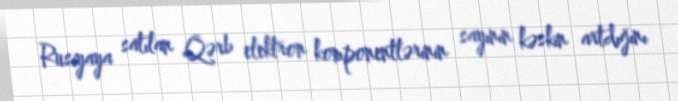
Rusiyaya satılan Qərb elektron komponentlərinin sayının kəskin artdığını